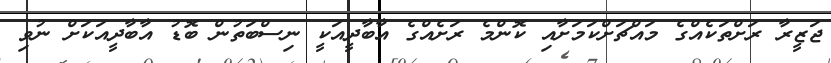
ޖަޒީރާ ރަށްތަކެއްގެ މައްޗަށްކަމަށާއި ކޮންމެ ރަށެއްގެ އާބާދީއަކީ ނިސްބަތުން ބޮޑު އާބާދީއަކަށް ނުވި